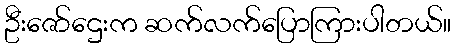
ဦးဇော်ဌေးက ဆက်လက်ပြောကြားပါတယ်။